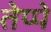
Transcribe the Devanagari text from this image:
तेप्पे